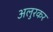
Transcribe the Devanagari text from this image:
अलुरकर